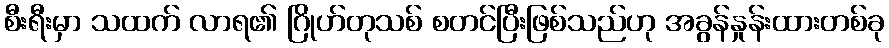
စီးရီးမှာ သထက် လာရ၏ ဂြိုဟ်တုသစ် စတင်ပြီးဖြစ်သည်ဟု အခွန်နှုန်းထားတစ်ခု